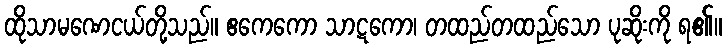
ထိုသာမဏေငယ်တို့သည်။ ဧကေကော သာဋကော၊ တထည်တထည်သော ပုဆိုးကို ရ၏။